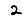
Digit: 2